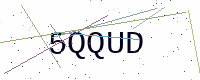
Text: 5QQUD